Kolga_vallavalitsus, lk 22
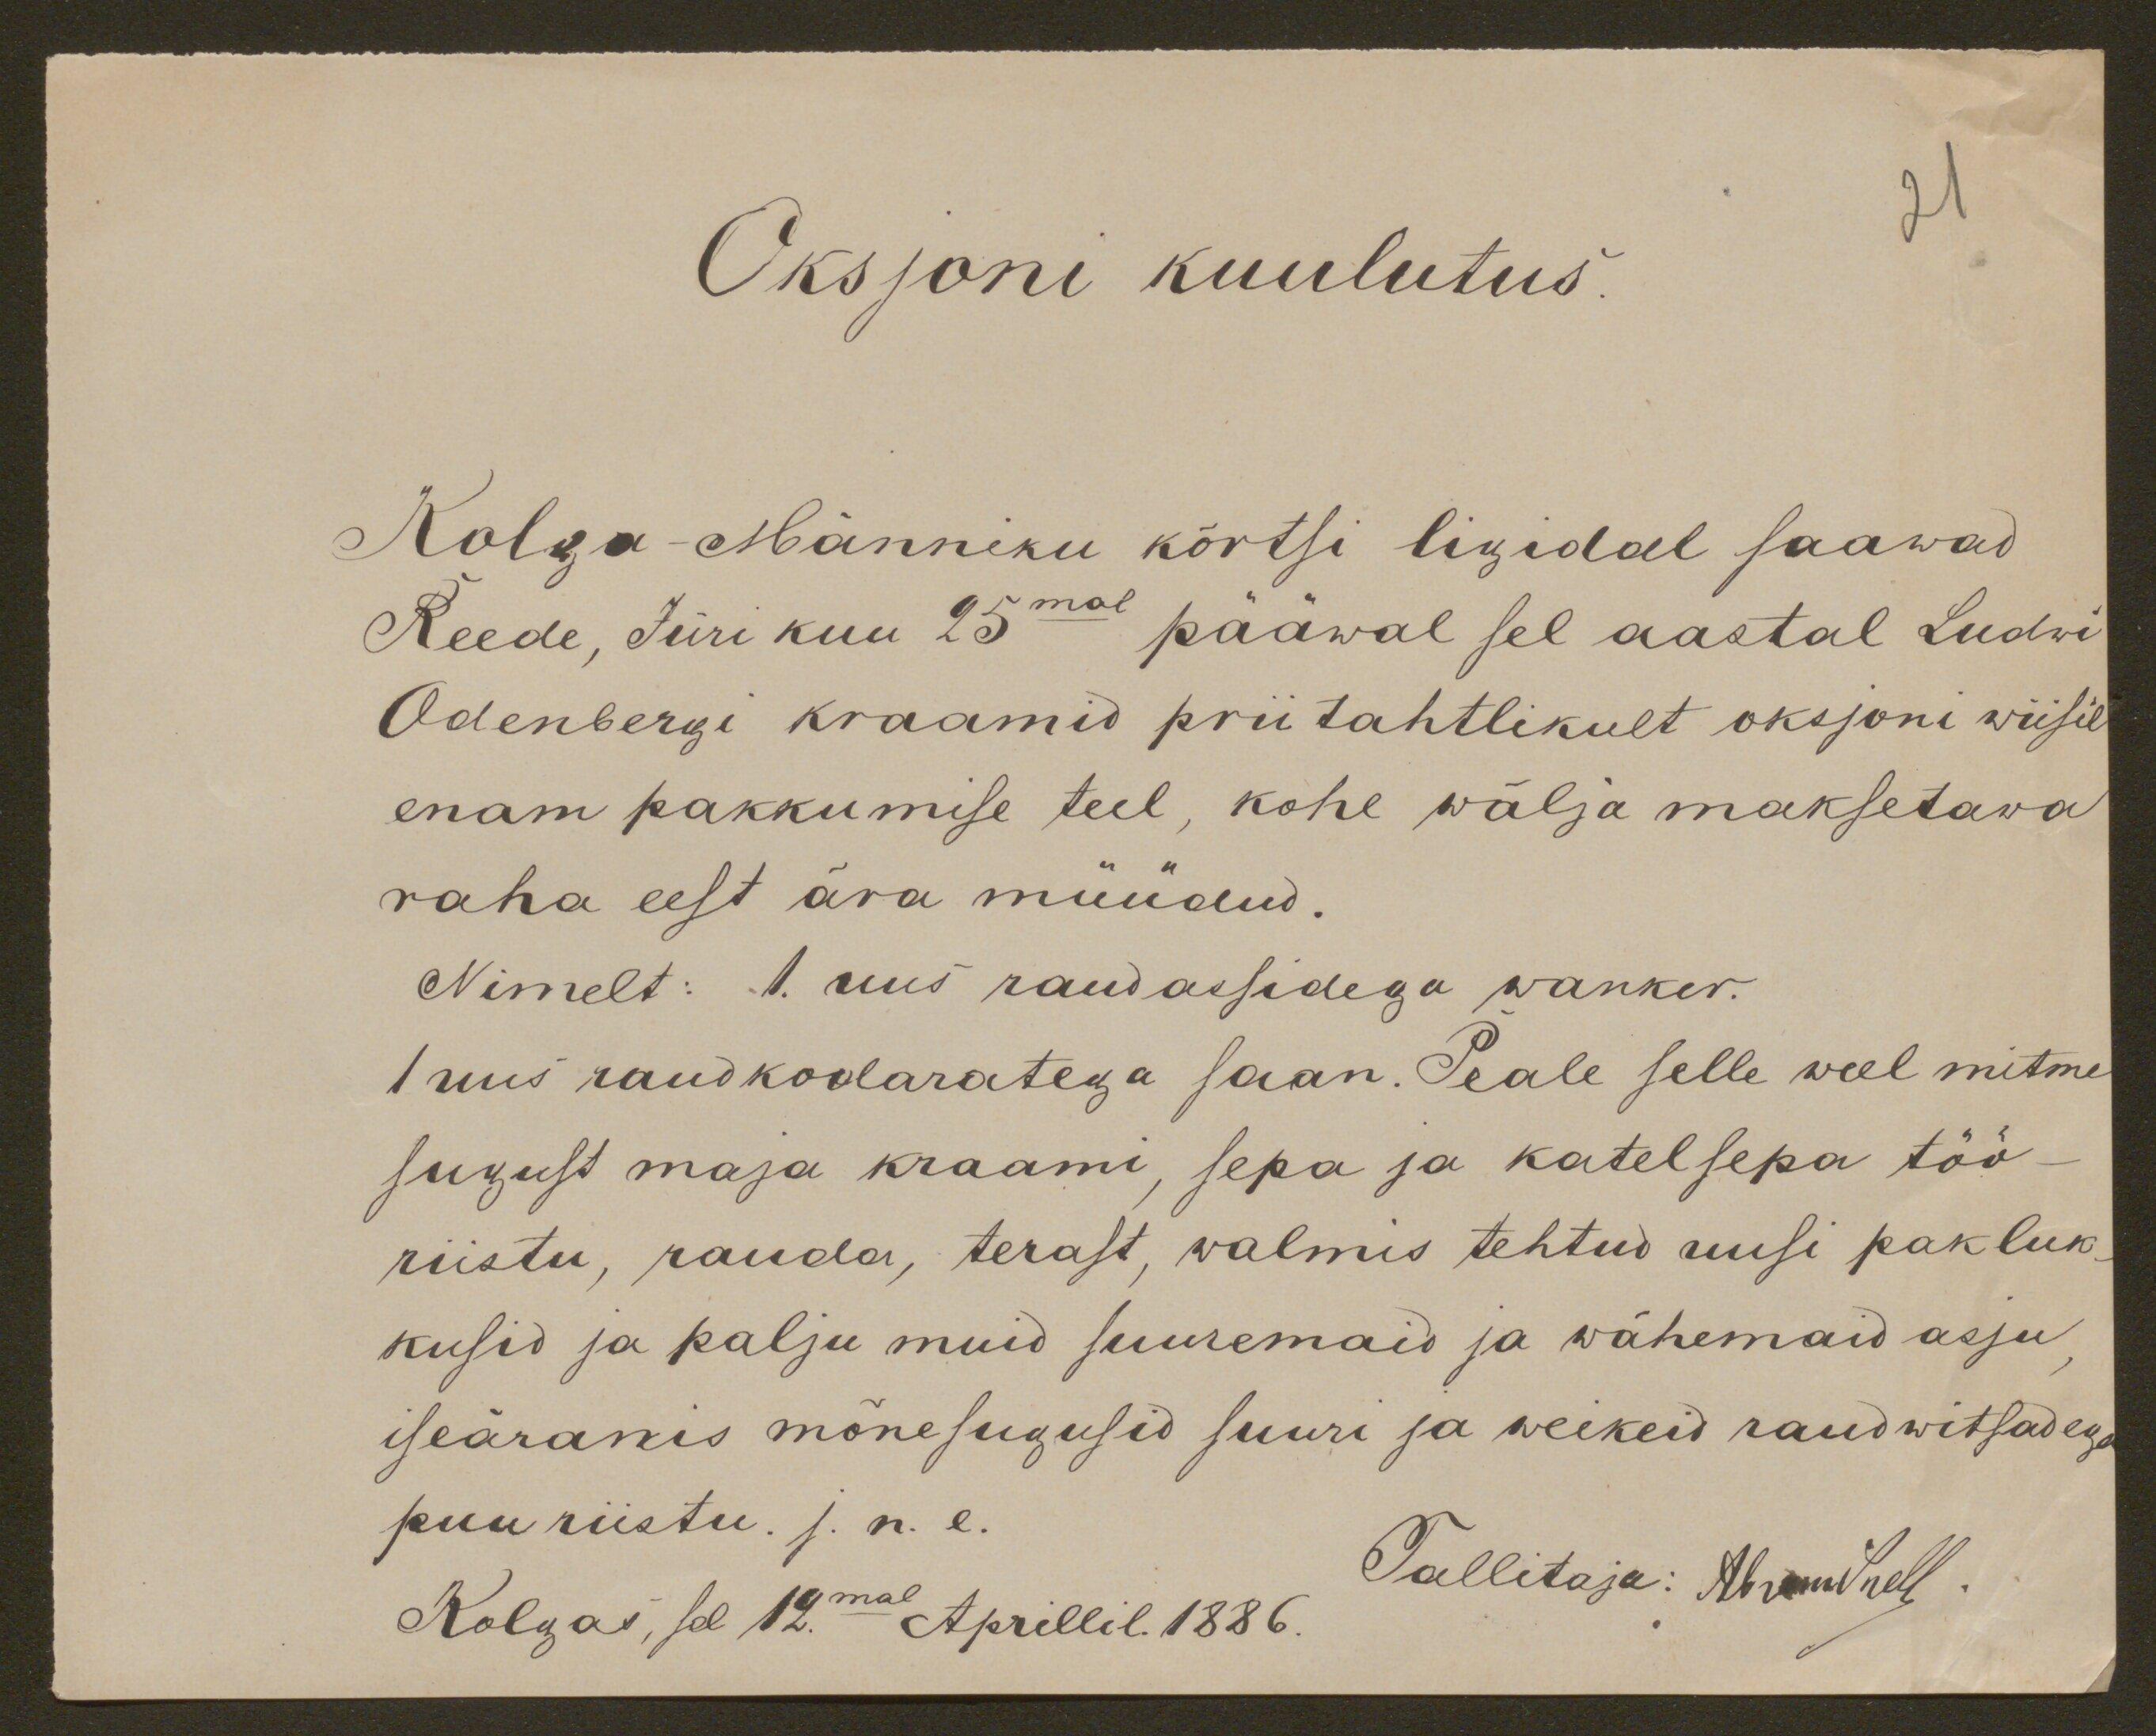
Oksjoni kuulutus.
Kolga-Männiku kõrtsi ligidal saawad
Reede, Jüri kuu 25mal pääwal sel aastal Ludwi
Odenbergi kraamid prii tahtlikult oksjoni wiisil
enam pakkumise teel, kohe wälja maksetawa
raha eest ära müüdud.
Nimelt: 1. uus raudassidega wanker.
1 uus raudkodaratega saan. Peale selle weel mitme
sugust maja kraami, sepa ja katelsepa töö-
riistu, rauda, terast, walmis tehtud uusi pakluk
kusid ja palju muid suuremaid ja wähemaid asju,
iseäranis mõnesugusid suuri ja weikeid raudwitsadega
puu riistu. j.n.e.
Tallitaja: AbramSnell.
Kolgas, sel 12mal Aprillil 1886.